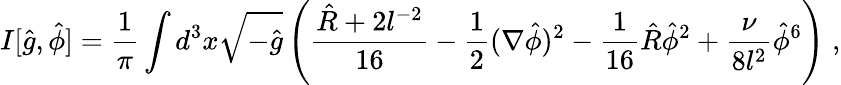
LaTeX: I[\hat{g},\hat{\phi}]=\frac{1}{\pi}\int d^{3}x\sqrt{-\hat{g}}\left(\frac{\hat{R}+2l^{-2}}{16}-\frac{1}{2}(\nabla\hat{\phi})^{2}-\frac{1}{16}\hat{R}\hat{\phi}^{2}+\frac{\nu}{8l^{2}}\hat{\phi}^{6}\right)\; ,